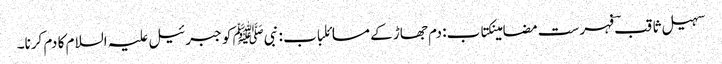
سہیل ثاقبؔ فہرست مضامینکتاب: دم جھاڑ کے مسائلباب : نبیﷺ کو جبرئیل علیہ السلام کا دم کرنا۔